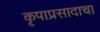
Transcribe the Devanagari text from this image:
कृपाप्रसादाचा